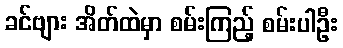
ခင်ဗျား အိတ်ထဲမှာ စမ်းကြည့် စမ်းပါဦး